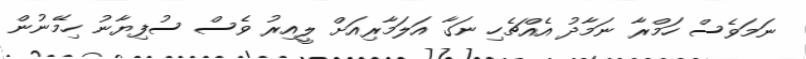
ނަމަވެސް ހަމްރާ ނަމާދު އެއްޗެހި ނަގާ އަލަމާރިއަށް ލީއިރު ވެސް ސުފިޔާނު ހިމޭނުން